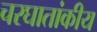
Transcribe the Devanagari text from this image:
चरघातांकीय